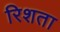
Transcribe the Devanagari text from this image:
रिशता